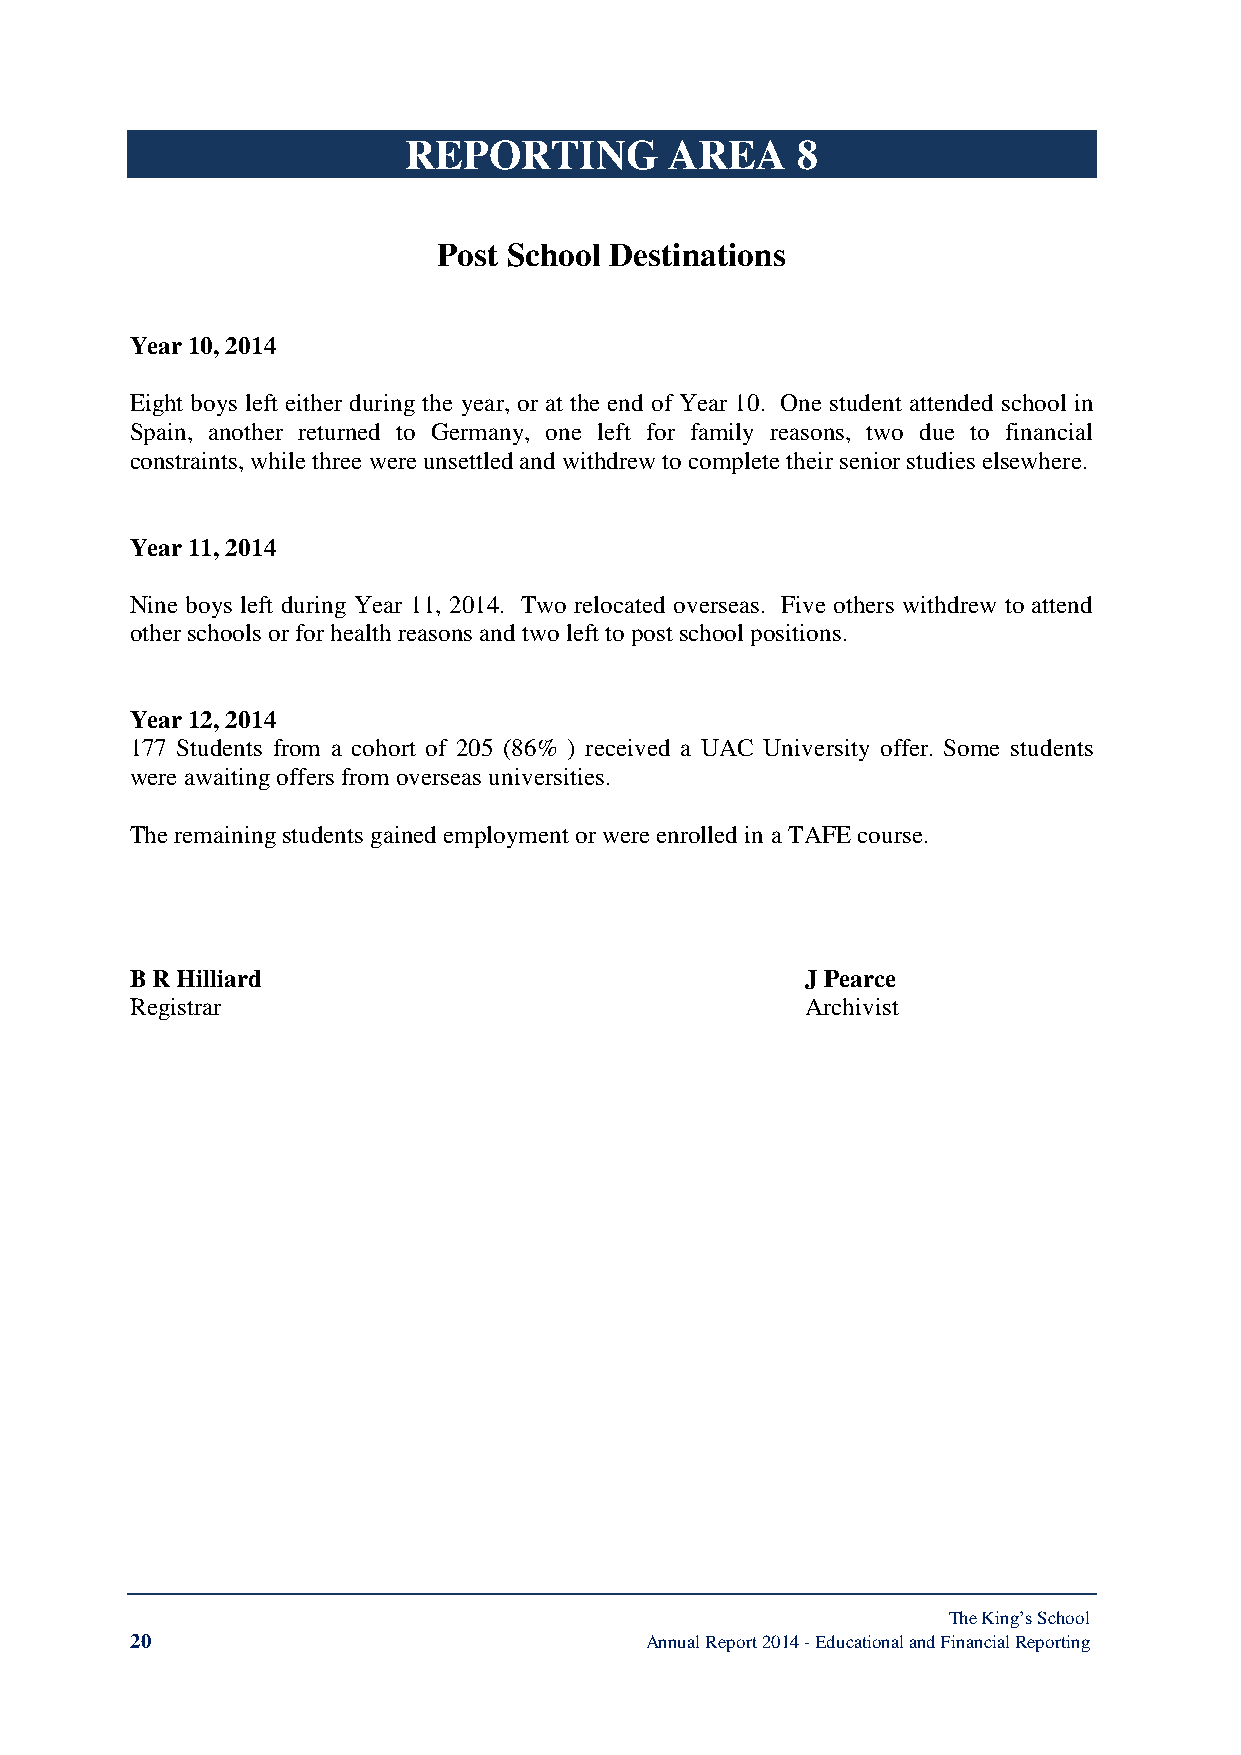
REPORTING        AREA     8
 Post School Destinations
 Year 10, 2014
 Eight boys left either during the year, or at the end of Year 10. One student attended school in
 Spain, another returned to Germany, one left for family reasons, two due to financial
 constraints, while three were unsettled and withdrew to complete their senior studies elsewhere.
 Year 11, 2014
 Nine boys left during Year 11, 2014. Two relocated overseas. Five others withdrew to attend
 other schools or for health reasons and two left to post school positions.
 Year 12, 2014
 177 Students from a cohort of 205 (86% ) received a UAC University offer. Some students
 were awaiting offers from overseas universities.
 The remaining students gained employment or were enrolled in a TAFE course.
 B R Hilliard                                J Pearce
 Registrar                                   Archivist
 The King’s School
 20                                Annual Report 2014 - Educational and Financial Reporting